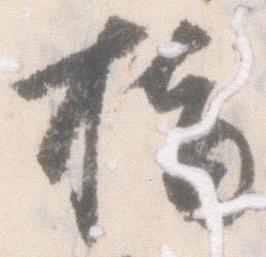
指